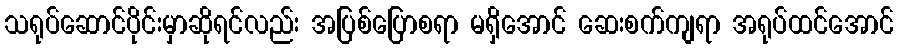
သရုပ်ဆောင်ပိုင်းမှာဆိုရင်လည်း အပြစ်ပြောစရာ မရှိအောင် ဆေးစက်ကျရာ အရုပ်ထင်အောင်